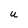
Character: U